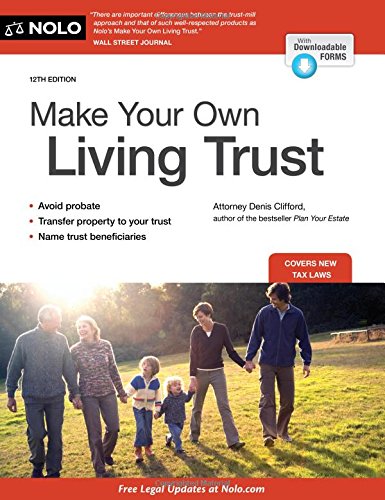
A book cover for Make Your Own Living Trust; Denis Clifford Attorney; Law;